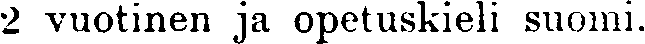
2 vuotinen ja opetuskieli suomi.